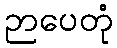
ဉာပေတုံ